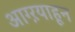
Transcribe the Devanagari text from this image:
आग्ऱयाहून